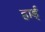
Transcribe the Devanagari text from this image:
हार्ड्